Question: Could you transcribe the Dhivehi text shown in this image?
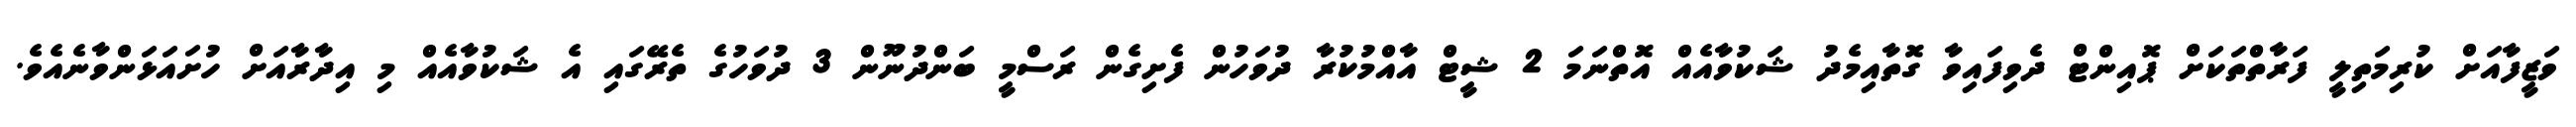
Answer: ވަޒީފާއަށް ކުރިމަތިލީ ފަރާތްތަކަށް ޕޮއިންޓް ދެވިފައިވާ ގޮތާއިމެދު ޝަކުވާއެއް އޮތްނަމަ 2 ޝީޓް އާއްމުކުރާ ދުވަހުން ފެށިގެން ރަސްމީ ބަންދުނޫން 3 ދުވަހުގެ ތެރޭގައި އެ ޝަކުވާއެއް މި އިދާރާއަށް ހުށައަޅަންވާނެއެވެ.